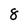
Character: 8